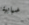
ضبابية